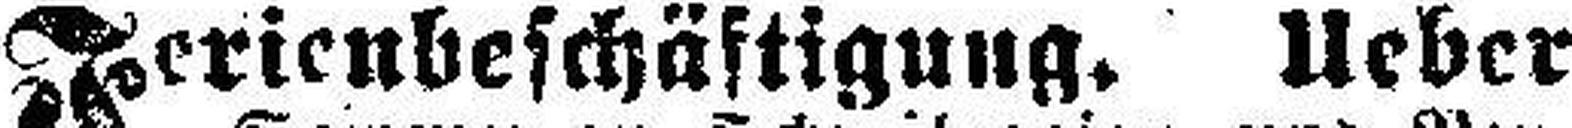
Ferienbeschäftigung. Ueber